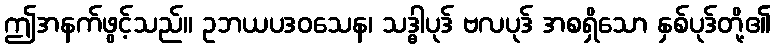
ဤအနက်ဖွင့်သည်။ ဥဘယပဒဝသေန၊ သဒ္ဓါပုဒ် ဗလပုဒ် အစရှိသော နှစ်ပုဒ်တို့၏